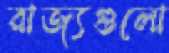
রাজ্যগুলো